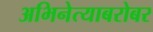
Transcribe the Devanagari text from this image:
अभिनेत्याबरोबर